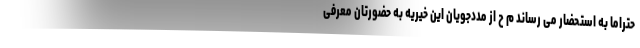
حتراماً به استحضار می رساند م ح از مددجویان این خیریه به حضورتان معرفی